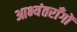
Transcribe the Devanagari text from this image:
आभ्यंतराँगों